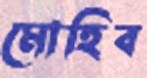
মোহিব